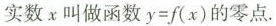
实数x叫做函数$$y = f ( x )$$的零点.